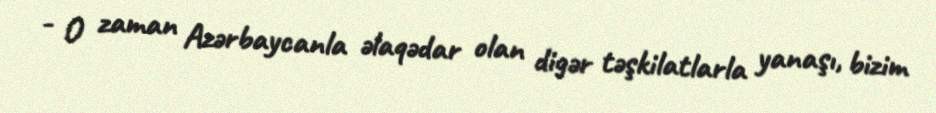
- O zaman Azərbaycanla əlaqədar olan digər təşkilatlarla yanaşı, bizim